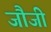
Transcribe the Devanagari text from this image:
जौजी